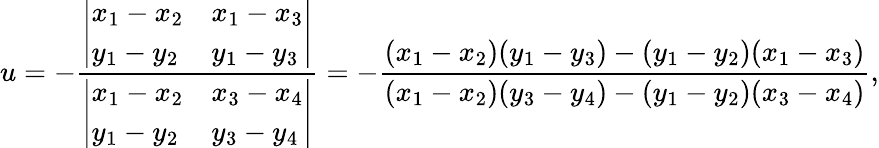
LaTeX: u=-{\frac{\left|\begin{array}{ll}{x_{1}-x_{2}}&{x_{1}-x_{3}}\\ {y_{1}-y_{2}}&{y_{1}-y_{3}}\end{array}\right|}{\left|\begin{array}{ll}{x_{1}-x_{2}}&{x_{3}-x_{4}}\\ {y_{1}-y_{2}}&{y_{3}-y_{4}}\end{array}\right|}}=-{\frac{(x_{1}-x_{2})(y_{1}-y_{3})-(y_{1}-y_{2})(x_{1}-x_{3})}{(x_{1}-x_{2})(y_{3}-y_{4})-(y_{1}-y_{2})(x_{3}-x_{4})}},